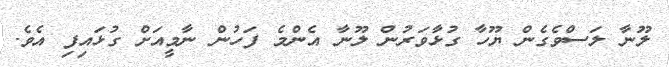
ލޫނާ ލަސްވެގެން ޔޫހާ ގުޅާވަރުން ލޫނާ އެންމެ ފަހުން ނާމީއަށް ގުޅައިފި އެވެ.